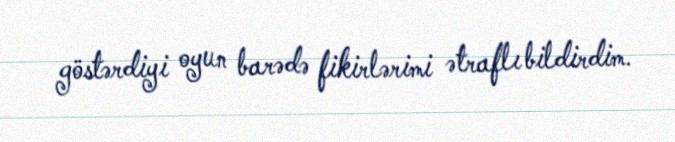
göstərdiyi oyun barədə fikirlərimi ətraflı bildirdim.